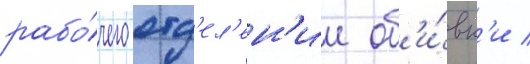
рабо́чего отд'ел'ен'ии об'и́вк'и /